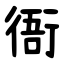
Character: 衙